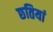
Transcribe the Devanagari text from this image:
छतियां